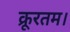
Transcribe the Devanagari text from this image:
क्रूरतम।